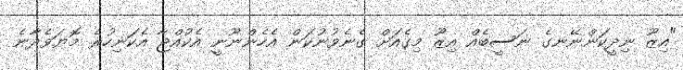
"އިޒޫ ނިދީކަންނޭނގެ ނަސީބެއް އިޒޫ މިގެއަށް ގެނެވުނުކަން އެހެންނޫނީ އެކުއްޖާ އެކަނިހުރެ މޮޔަވެދާނެ